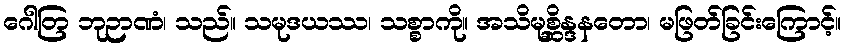
ဂေါတြ ဘုဉာဏံ၊ သည်။ သမုဒယဿ၊ သစ္စာကို။ အသိမုစ္ဆိန္ဒနတော၊ မဖြတ်ခြင်းကြောင့်။